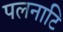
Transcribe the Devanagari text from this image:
पलनाटि